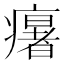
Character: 𤻃